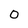
Character: O